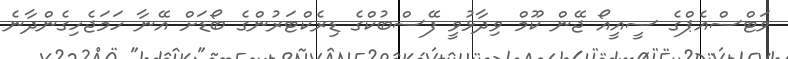
ވަޓްސްއެޕްގެ ސީއީއޯ ޖޭން ކޫމް ވިދާޅުވީ ފޭސްބުކްގެ ޑިރެކްޓަރުންގެ ބޯޑަށް އޭނާ ހަމަޖެހިގެންދާނެ